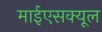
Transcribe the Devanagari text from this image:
माईएसक्यूल